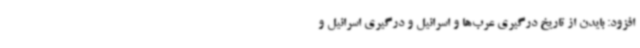
افزود: بایدن از تاریخ درگیری عرب‌ها و اسرائیل و درگیری اسرائیل و